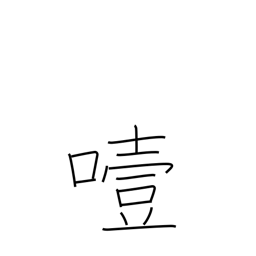
Meaning: choke